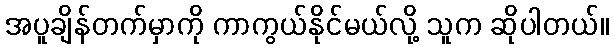
အပူချိန်တက်မှာကို ကာကွယ်နိုင်မယ်လို့ သူက ဆိုပါတယ်။